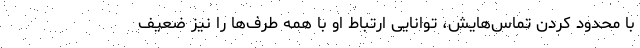
با محدود کردن تماس‌هایش، توانایی ارتباط او با همه طرف‌ها را نیز ضعیف